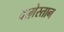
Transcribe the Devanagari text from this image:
दाग़ेस्तान